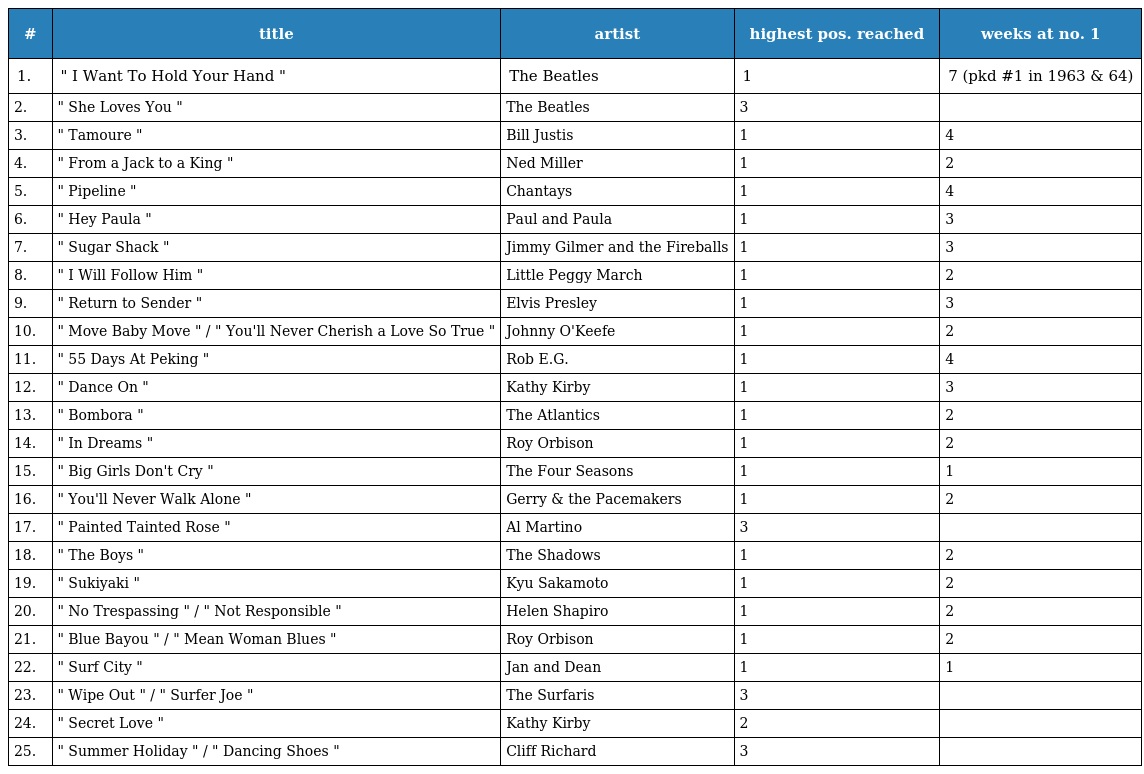
| # | title | artist | highest pos. reached | weeks at no. 1 |
 | --- | --- | --- | --- | --- |
 | 1. | " I Want To Hold Your Hand " | The Beatles | 1 | 7 (pkd #1 in 1963 & 64) |
 | 2. | " She Loves You " | The Beatles | 3 |  |
 | 3. | " Tamoure " | Bill Justis | 1 | 4 |
 | 4. | " From a Jack to a King " | Ned Miller | 1 | 2 |
 | 5. | " Pipeline " | Chantays | 1 | 4 |
 | 6. | " Hey Paula " | Paul and Paula | 1 | 3 |
 | 7. | " Sugar Shack " | Jimmy Gilmer and the Fireballs | 1 | 3 |
 | 8. | " I Will Follow Him " | Little Peggy March | 1 | 2 |
 | 9. | " Return to Sender " | Elvis Presley | 1 | 3 |
 | 10. | " Move Baby Move " / " You'll Never Cherish a Love So True " | Johnny O'Keefe | 1 | 2 |
 | 11. | " 55 Days At Peking " | Rob E.G. | 1 | 4 |
 | 12. | " Dance On " | Kathy Kirby | 1 | 3 |
 | 13. | " Bombora " | The Atlantics | 1 | 2 |
 | 14. | " In Dreams " | Roy Orbison | 1 | 2 |
 | 15. | " Big Girls Don't Cry " | The Four Seasons | 1 | 1 |
 | 16. | " You'll Never Walk Alone " | Gerry & the Pacemakers | 1 | 2 |
 | 17. | " Painted Tainted Rose " | Al Martino | 3 |  |
 | 18. | " The Boys " | The Shadows | 1 | 2 |
 | 19. | " Sukiyaki " | Kyu Sakamoto | 1 | 2 |
 | 20. | " No Trespassing " / " Not Responsible " | Helen Shapiro | 1 | 2 |
 | 21. | " Blue Bayou " / " Mean Woman Blues " | Roy Orbison | 1 | 2 |
 | 22. | " Surf City " | Jan and Dean | 1 | 1 |
 | 23. | " Wipe Out " / " Surfer Joe " | The Surfaris | 3 |  |
 | 24. | " Secret Love " | Kathy Kirby | 2 |  |
 | 25. | " Summer Holiday " / " Dancing Shoes " | Cliff Richard | 3 |  |